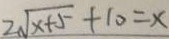
2 \sqrt { x + 5 } + 1 0 = x